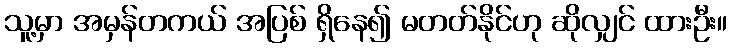
သူ့မှာ အမှန်တကယ် အပြစ် ရှိနေ၍ မတတ်နိုင်ဟု ဆိုလျှင် ထားဦး။